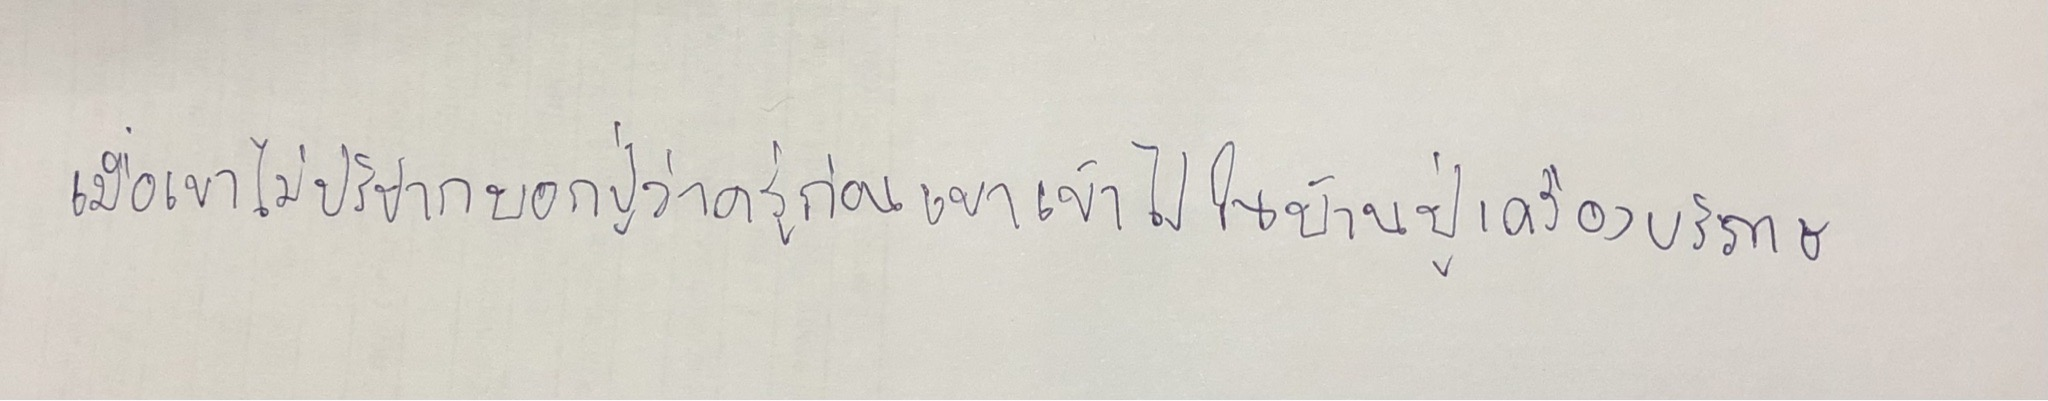
เมื่อเขาไม่ปริปากบอกปู่ว่าครู่ก่อนเขาเข้าไปในบ้านปู่เครื่องบริภาษ